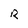
Character: R